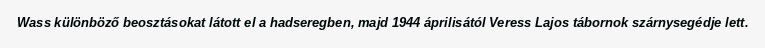
Wass különböző beosztásokat látott el a hadseregben, majd 1944 áprilisától Veress Lajos tábornok szárnysegédje lett.